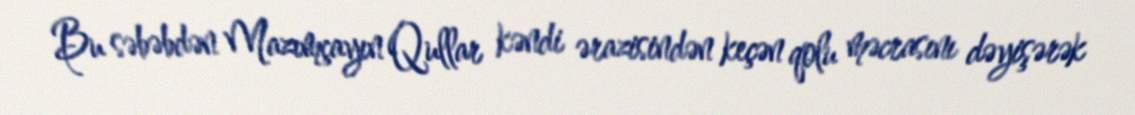
Bu səbəbdən Mazımçayın Qullar kəndi ərazisindən keçən qolu məcrasını dəyişərək